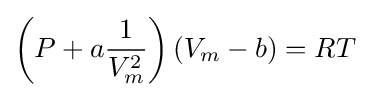
\left(P+a{\frac {1}{V_{m}^{2}}}\right)(V_{m}-b)=RT